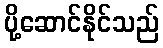
ပို့ဆောင်နိုင်သည်